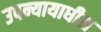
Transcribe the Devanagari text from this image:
उपन्यायाधीश